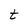
Character: t